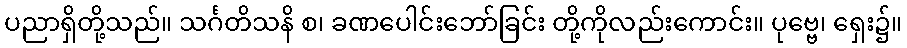
ပညာရှိတို့သည်။ သင်္ဂတိသနိ စ၊ ခဏပေါင်းဘော်ခြင်း တို့ကိုလည်းကောင်း။ ပုဗ္ဗေ၊ ရှေး၌။